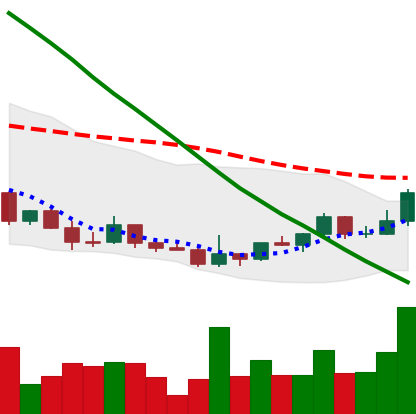
Ticker: DOGE-USD
Chart end date: 2022-03-23
Forward return: 9.967%
Label: up_7plus